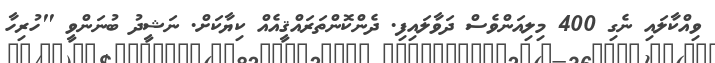
ވިއްކާލައި ނެގި 400 މިލިއަންވެސް ދަވާލައިފި. ދެންކޮންތަރައްޤީއެއް ކިޔާކަށް. ނަޝީދު ބުނަންވީ "ހުރިހާ